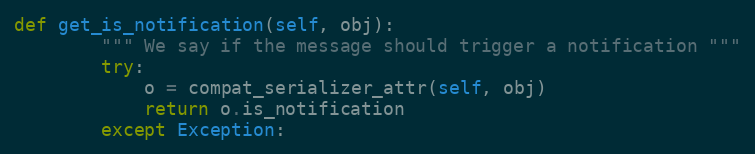
Language: Python
def get_is_notification(self, obj):
        """ We say if the message should trigger a notification """
        try:
            o = compat_serializer_attr(self, obj)
            return o.is_notification
        except Exception: